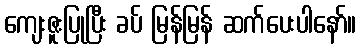
ကျေးဇူးပြုပြီး ခပ် မြန်မြန် ဆက်ပေးပါနော်။